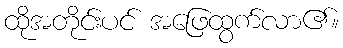
ထိုအတိုင်းပင် အဖြေထွက်လာ၏။